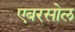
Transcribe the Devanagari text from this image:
एबरसोल